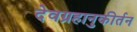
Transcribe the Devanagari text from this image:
देवग्रहानुकीर्तन